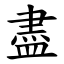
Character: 盡